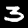
Label: 3